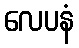
လေပနံ